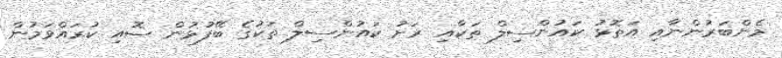
މެންބަރުންނާއި އަތޮޅު ކައުންސިލް ތަކާއި ރަށު ކައުންސިލް ތަކުގެ ބޭފުޅުން ސޮއި ކުރައްވަމުން